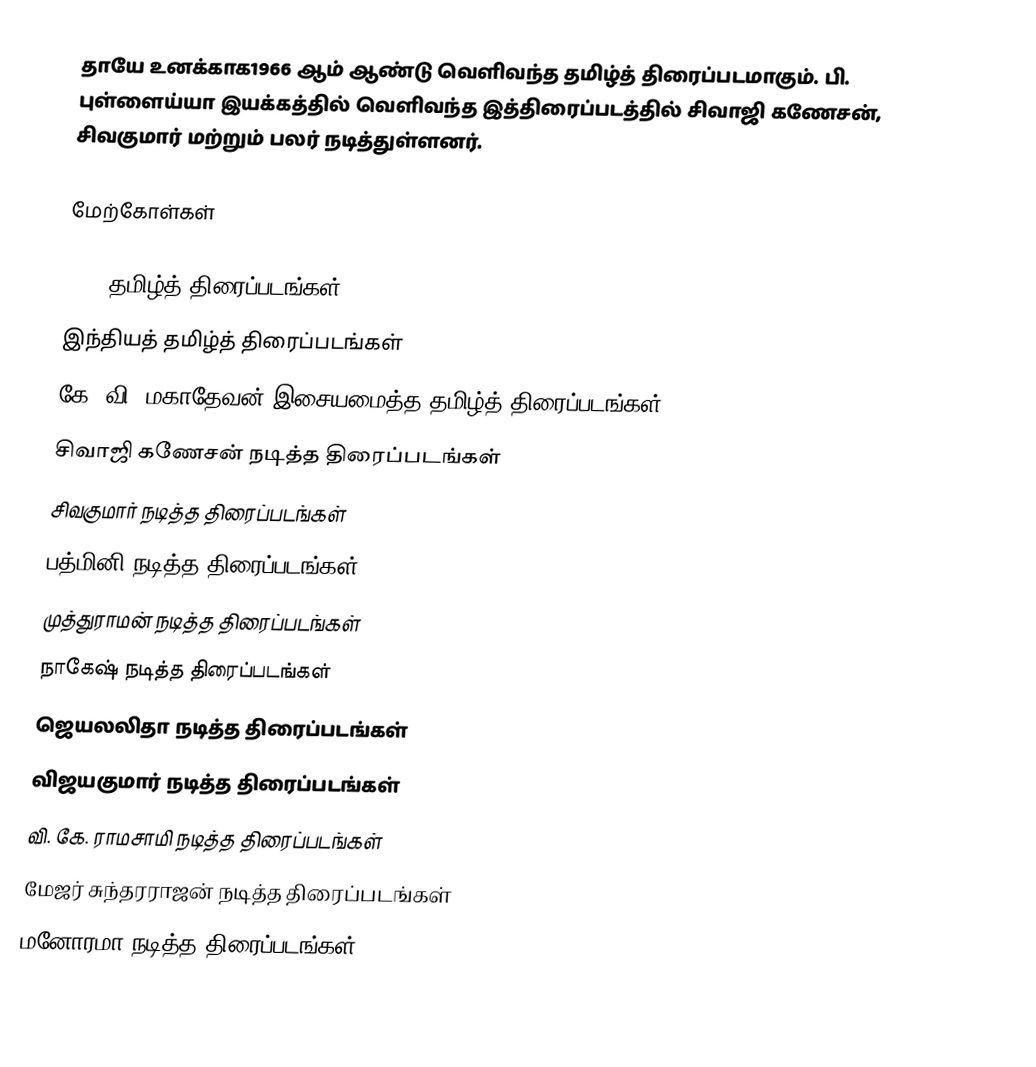
தாயே உனக்காக1966 ஆம் ஆண்டு வெளிவந்த தமிழ்த் திரைப்படமாகும். பி. புள்ளைய்யா இயக்கத்தில் வெளிவந்த இத்திரைப்படத்தில் சிவாஜி கணேசன், சிவகுமார் மற்றும் பலர் நடித்துள்ளனர்.

மேற்கோள்கள்

1966 தமிழ்த் திரைப்படங்கள்
இந்தியத் தமிழ்த் திரைப்படங்கள்
கே. வி. மகாதேவன் இசையமைத்த தமிழ்த் திரைப்படங்கள்
சிவாஜி கணேசன் நடித்த திரைப்படங்கள்
சிவகுமார் நடித்த திரைப்படங்கள்
பத்மினி நடித்த திரைப்படங்கள்
முத்துராமன் நடித்த திரைப்படங்கள்
நாகேஷ் நடித்த திரைப்படங்கள்
ஜெயலலிதா நடித்த திரைப்படங்கள்
விஜயகுமார் நடித்த திரைப்படங்கள்
வி. கே. ராமசாமி நடித்த திரைப்படங்கள்
மேஜர் சுந்தரராஜன் நடித்த திரைப்படங்கள்
மனோரமா நடித்த திரைப்படங்கள்